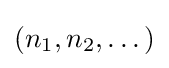
(n_{1},n_{2},\dots )